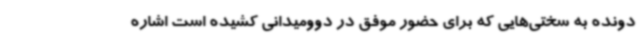
دونده به سختی‌هایی که برای حضور موفق در دوومیدانی کشیده است اشاره